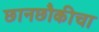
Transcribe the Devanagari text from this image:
छानछौकीचा